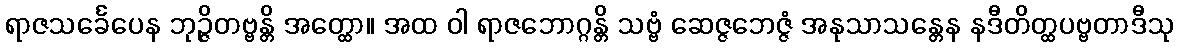
ရာဇသင်္ခေပေန ဘုဉ္ဇိတဗ္ဗန္တိ အတ္ထော။ အထ ဝါ ရာဇဘောဂ္ဂန္တိ သဗ္ဗံ ဆေဇ္ဇဘေဇ္ဇံ အနုသာသန္တေန နဒီတိတ္ထပဗ္ဗတာဒီသု